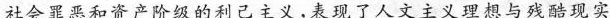
社会罪恶和资产阶级的利己主义，表现了人文主义理想与残酷现实